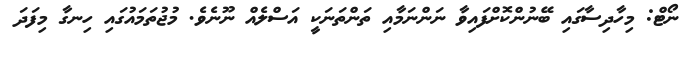
ނޯޓް: މިހާދިސާގައި ބޭނުންކޮށްފައިވާ ނަންނަމާއި ތަންތަނަކީ އަސްލެއް ނޫނެވެ. މުޖުތަމައުގައި ހިނގާ މިފަދަ